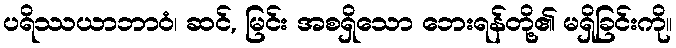
ပရိဿယာဘာဝံ၊ ဆင်, မြင်း အစရှိသော ဘေးရန်တို့၏ မရှိခြင်းကို။